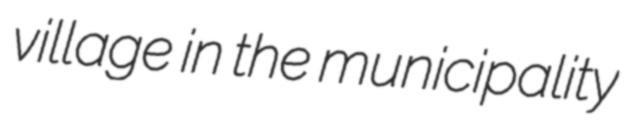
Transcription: village in the municipality